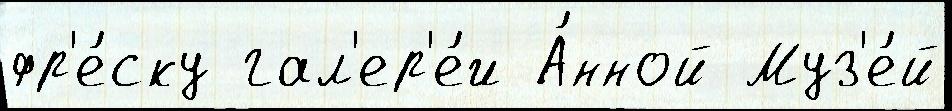
фр'е́ску гал'ер'е́и А́нной Муз'е́й